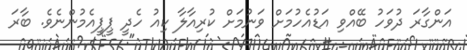
އަންގާރަ ދުވަހު ބޭއްވި އަޑުއެހުމަށް ވަނުމަށް ކުރިއާލާ ކިއު ހެދީ ޕީޕީއެމުންނެވެ. ބާރަ